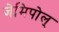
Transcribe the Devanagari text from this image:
जेमिपोल्